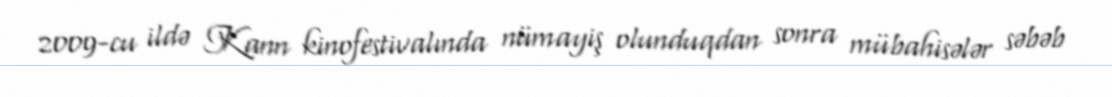
2009-cu ildə Kann kinofestivalında nümayiş olunduqdan sonra mübahisələr səbəb